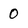
Character: 0